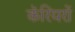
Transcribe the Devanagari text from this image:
कॅरियरों